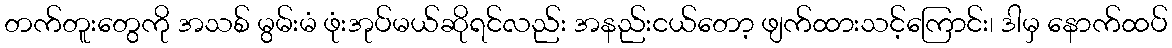
တက်တူးတွေကို အသစ် မွမ်းမံ ဖုံးအုပ်မယ်ဆိုရင်လည်း အနည်းငယ်တော့ ဖျက်ထားသင့်ကြောင်း၊ ဒါမှ နောက်ထပ်